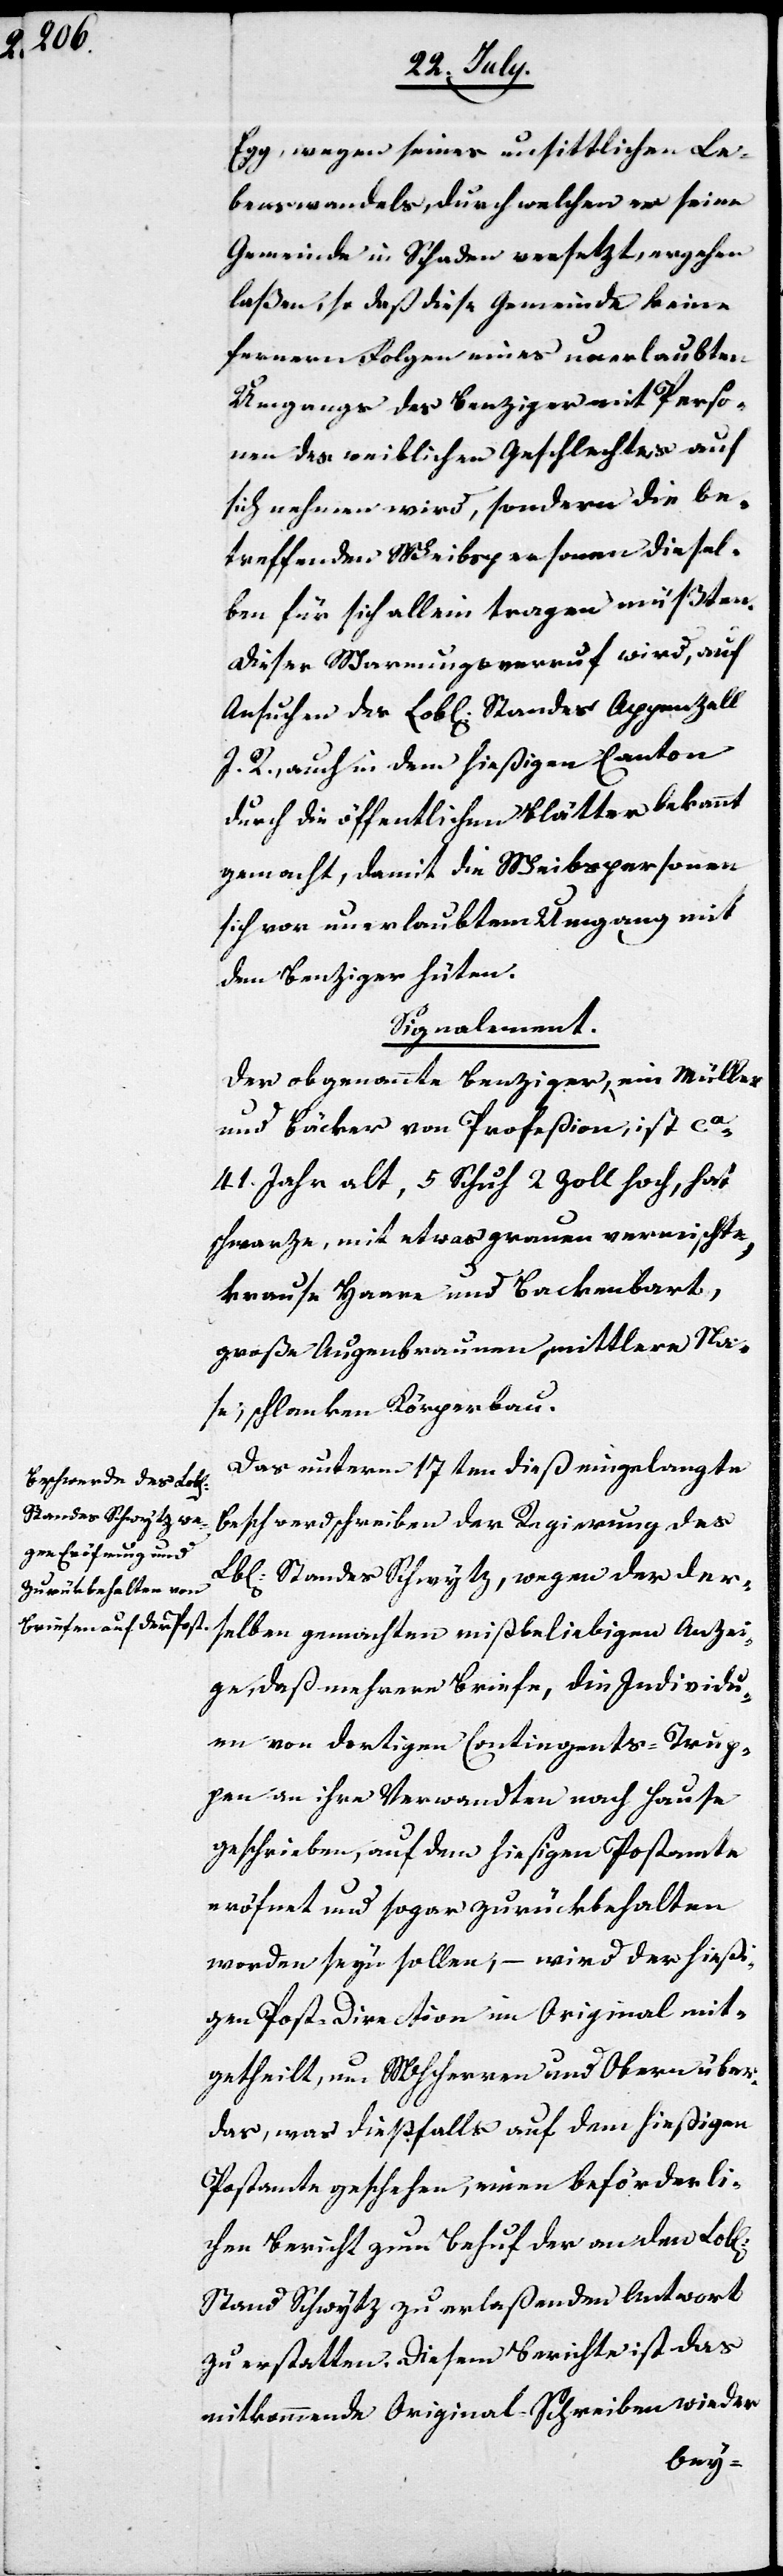
Egg, wegen seines unsittlichen Le¬
benswandels, durch welchen er seine
Gemeinde in Schaden versetzt, ergehen
laßen, so daß diese Gemeinde keine
fernern Folgen eines unerlaubten
Umgangs des Benziger mit Perso¬
nen des weiblichen Geschlechts auf
sich nehmen wird, sondern die be¬
treffenden Weibspersonen diesel¬
ben für sich allein tragen müßten.
Dieser Warnungsverruf wird, auf
Ansuchen des Lobl. Standes Appenzell
I. R., auch in dem hießigen Canton
durch die öffentlichen Blätter bekannt
gemacht, damit die Weibspersonen
sich vor unerlaubtem Umgang mit
dem Benziger hüten.
Signalement.
Der obgenannte Benziger, ein Müller
und Bäcker von Profeßion, ist ca.
41. Jahre alt, 5. Schuh 2. Zoll hoch, hat
schwarze, mit etwas grauen vermischte,
krause Haare und Backenbart,
große Augenbrauen, mittlere Na¬
se, schlanken Körperbau.
Das unterm 17ten dieß eingelangte
Beschwerdschreiben der Regierung des
Lbl. Standes Schwytz, wegen der der¬
selben gemachten mißbeliebigen Anzei¬
ge, das mehrere Briefe, die Individu¬
en von dortigem Contingents-Trup¬
pen an ihre Verwandten nach Hause
geschrieben, auf dem hießigen Postamt
eröfnet und sogar zurückbehalten
worden seyn sollen, – wird der hießi¬
gen Post Direction im Orignial mit¬
getheilt, um MHHerren und Obern über
das, was dießfalls auf dem hießigen
Postamte geschehen, einen beförderli¬
chen Bericht zum Behuf der an den Lobl.
Stand Schwytz zu erlaßenden Antwort
zu erstatten. Diesem Berichte ist das
mitkommende Original-Schreiben wieder